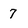
Character: 7